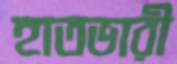
হাতভারী